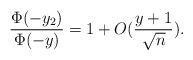
LaTeX: \begin{align*}\frac{\Phi(-y_2) }{ \Phi(-y) } = 1 + O(\frac{y+1}{ \sqrt{n} }).\end{align*}